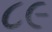
૮૯